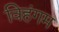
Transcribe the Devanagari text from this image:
विहंगम